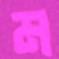
ম